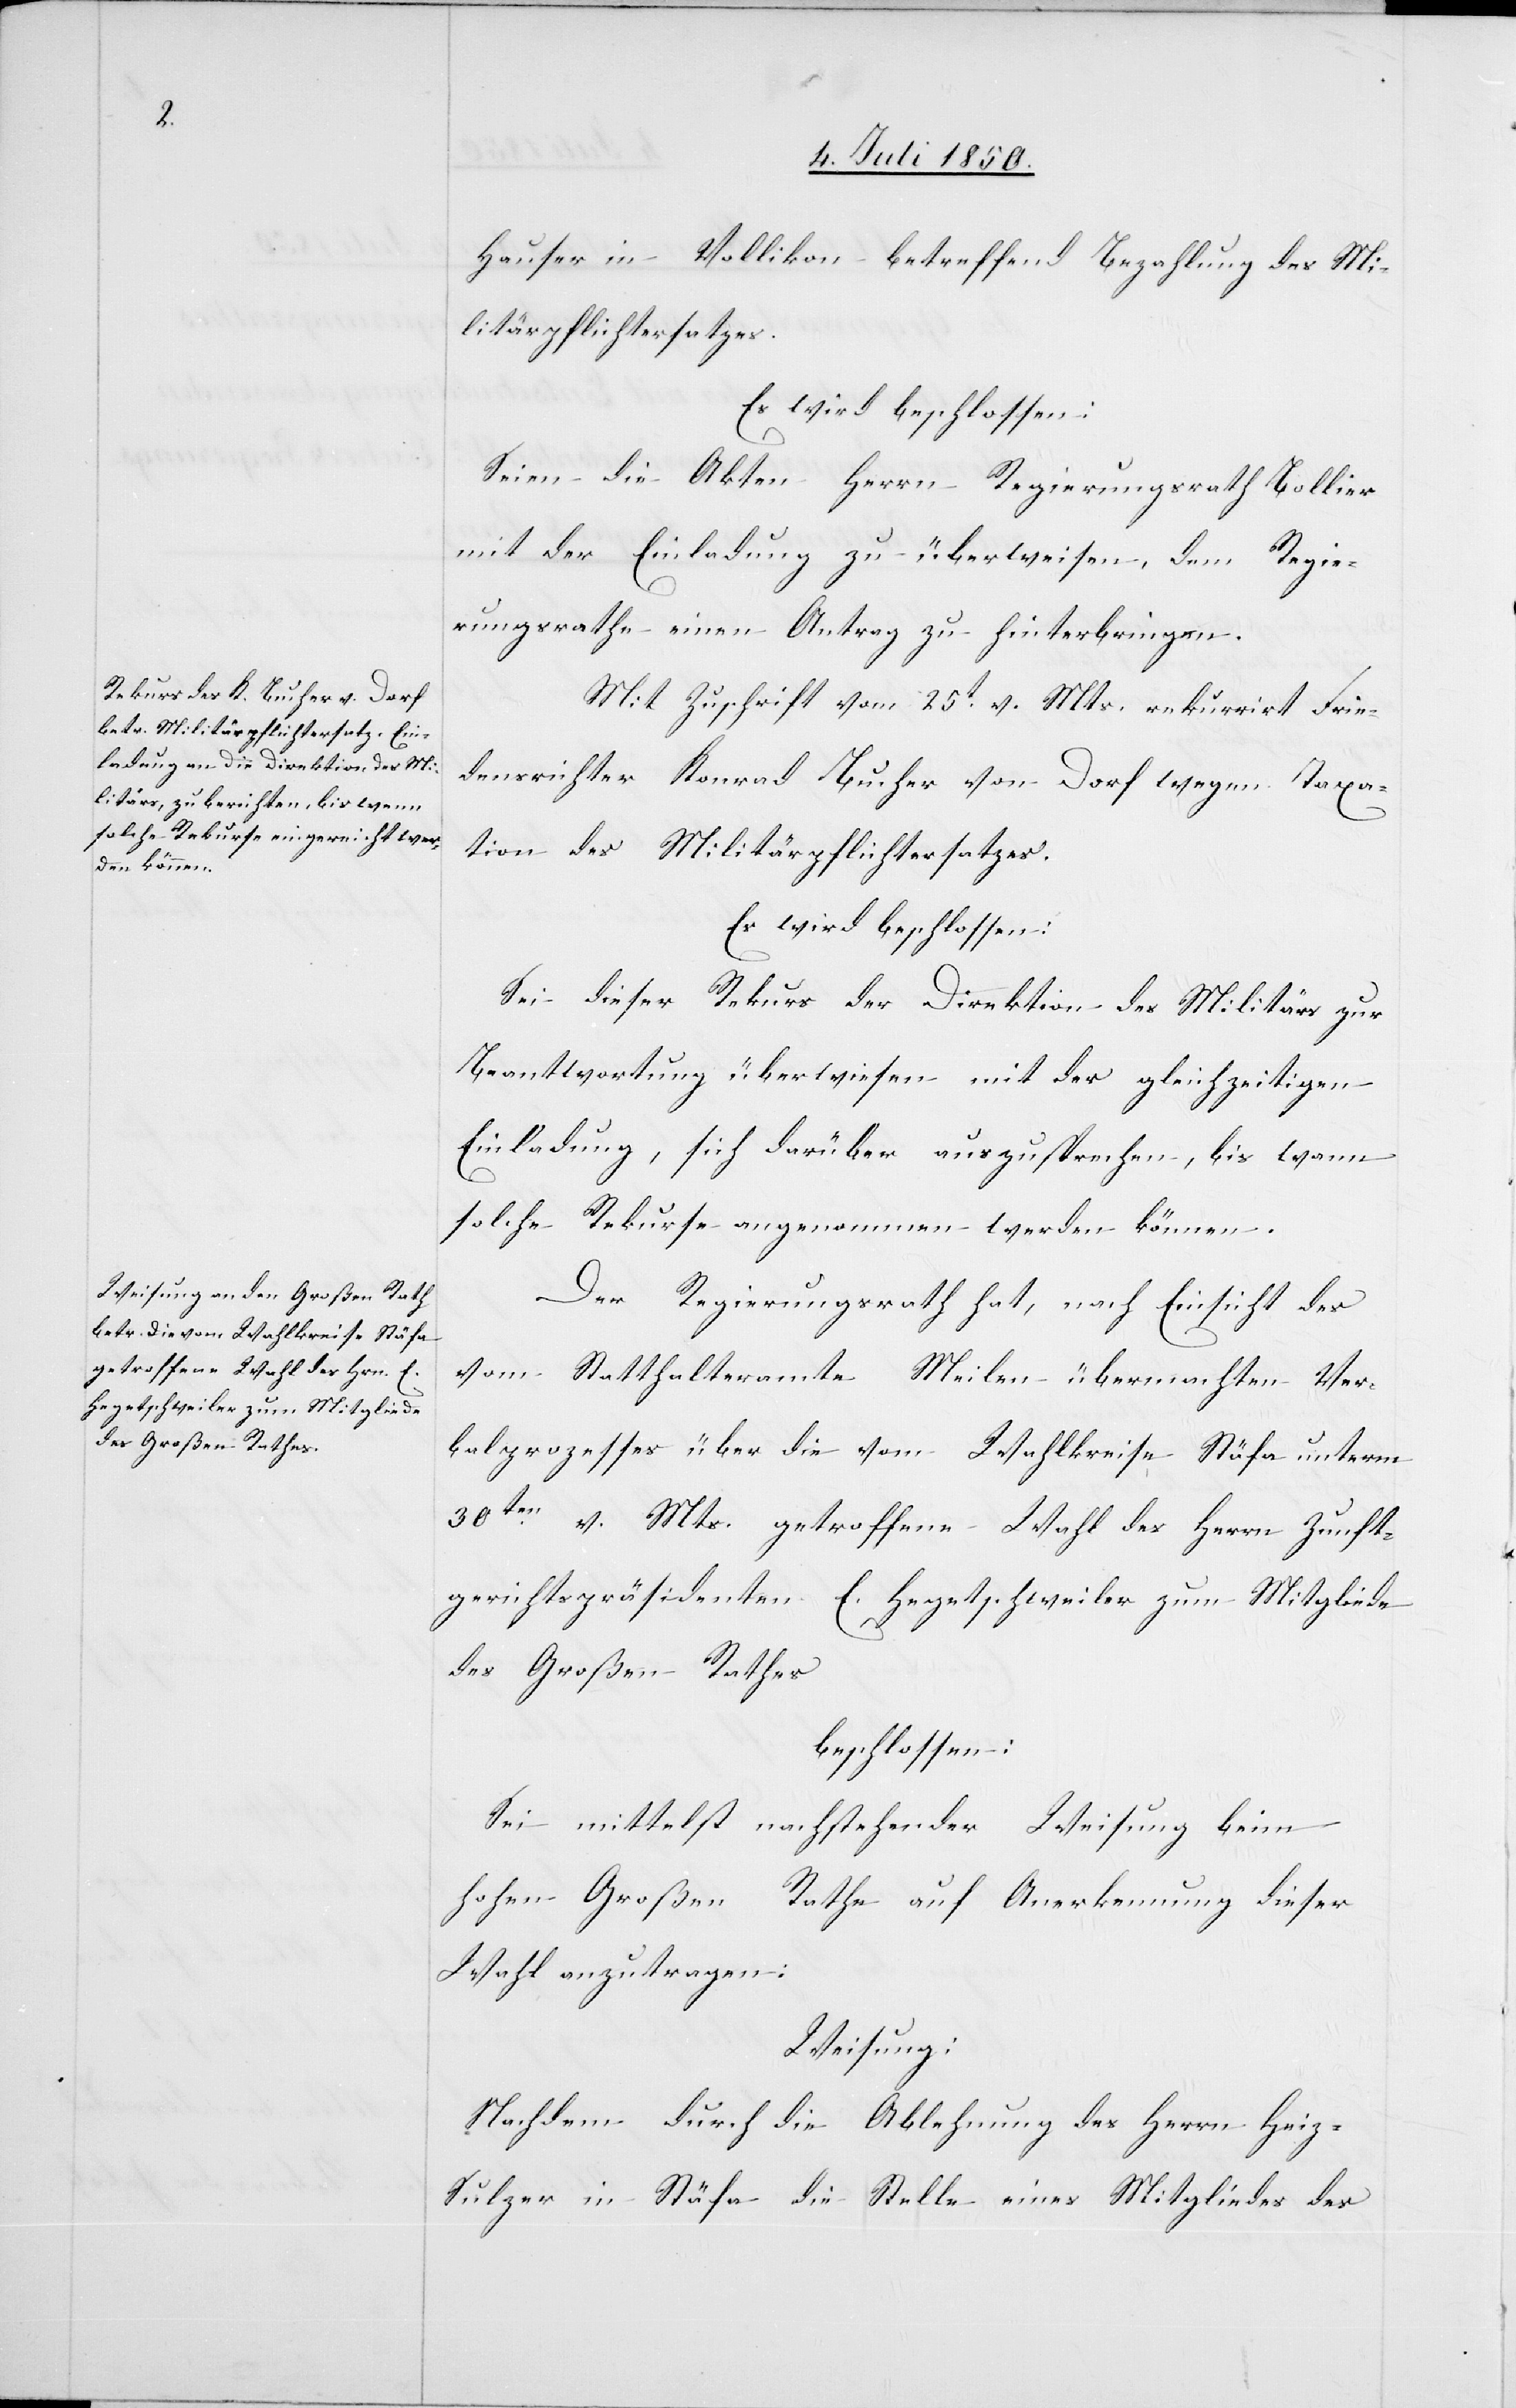
Hauser in Vollikon betreffend Bezahlung des Mi¬
litärpflichtersatzes.
Es wird beschlossen:
Seien die Akten Herrn Regierungsrath Bollier
mit der Einladung zu überweisen, dem Regie¬
rungsrathe einen Antrag zu hinterbringen.
Mit Zuschrift vom 25t v. Mts. rekurrirt Frie¬
densrichter Konrad Bucher von Dorf wegen Taxa¬
tion des Militärpflichtersatzes.
Es wird beschlossen:
Sei dieser Rekurs der Direktion des Militärs zur
Beantwortung überwiesen mit der gleichzeitigen
Einladung, sich darüber auszusprechen, bis wann
solche Rekurse angenommen werden können.
Der Regierungsrath hat, nach Einsicht des
vom Statthalteramte Meilen übermachten Ver¬
balprozesses über die vom Wahlkreise Stäfa unterm
30ten v. Mts. getroffene Wahl des Herrn Zunft¬
gerichtspräsidenten E. Hegetschweiler zum Mitgliede
des Großen Rathes
beschlossen:
Sei mittelst nachstehender Weisung beim
hohen Großen Rathe auf Anerkennung dieser
Wahl anzutragen:
Weisung:
Nachdem durch die Ablehnung des Herrn Hei¬
z-Sulzer in Stäfa die Stelle eines Mitgliedes des